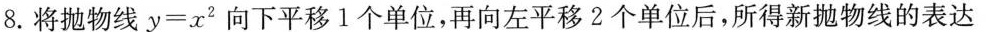
8.将抛物线 $$y = x _ { 2 }$$ 向下平移1个单位，再向左平移2个单位后，所得新抛物线的表达